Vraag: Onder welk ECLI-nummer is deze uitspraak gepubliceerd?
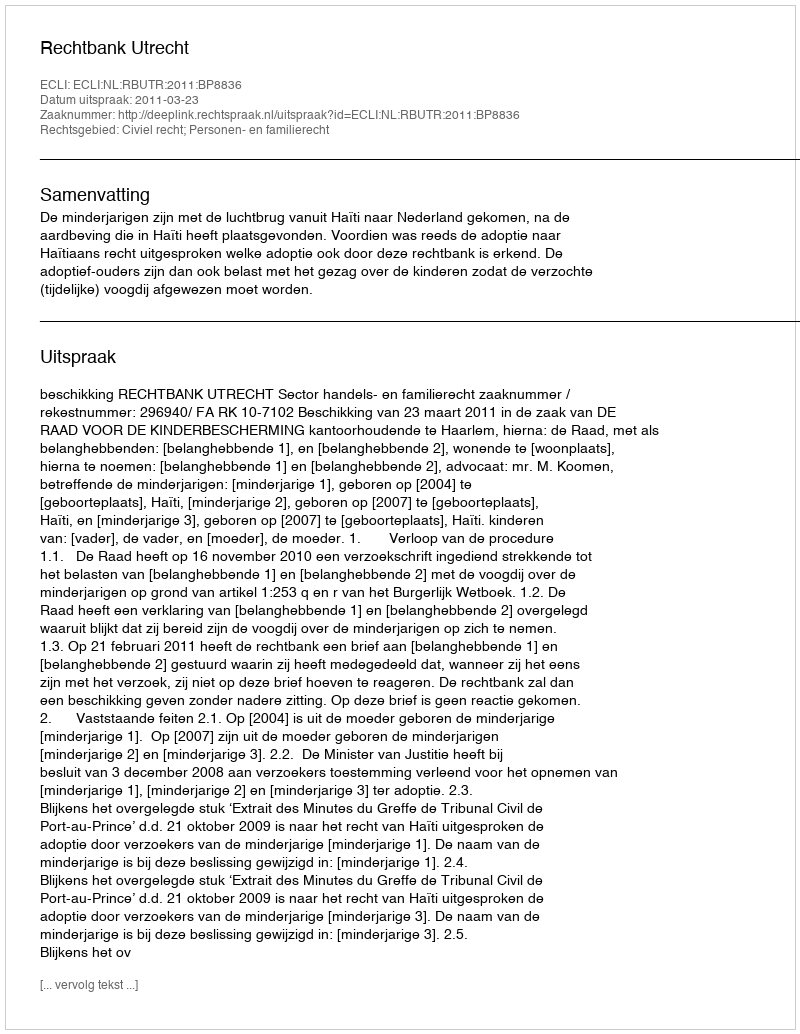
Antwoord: ECLI:NL:RBUTR:2011:BP8836